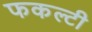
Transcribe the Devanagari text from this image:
फकल्टी